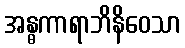
အန္ဓကာရာဘိနိဝေသာ